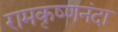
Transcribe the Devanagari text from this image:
रामकृष्णनंदा